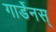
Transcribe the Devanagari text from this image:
गार्डेनस्